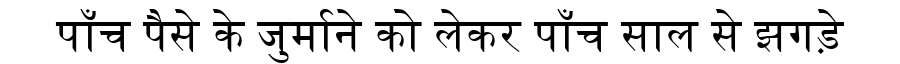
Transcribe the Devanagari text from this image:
पाँच पैसे के जुर्माने को लेकर पाँच साल से झगड़े